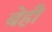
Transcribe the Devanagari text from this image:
बेही